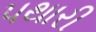
પથારી